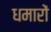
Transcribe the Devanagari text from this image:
धमारों